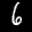
Label: 6